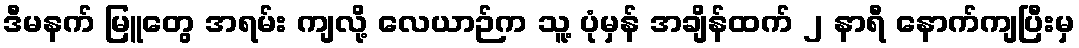
ဒီမနက် မြူတွေ အရမ်း ကျလို့ လေယာဉ်က သူ့ ပုံမှန် အချိန်ထက် ၂ နာရီ နောက်ကျပြီးမှ